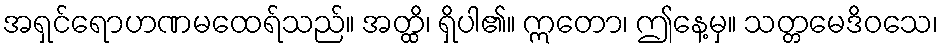
အရှင်ရောဟဏမထေရ်သည်။ အတ္ထိ၊ ရှိပါ၏။ ဣတော၊ ဤနေ့မှ။ သတ္တမေဒိဝသေ၊